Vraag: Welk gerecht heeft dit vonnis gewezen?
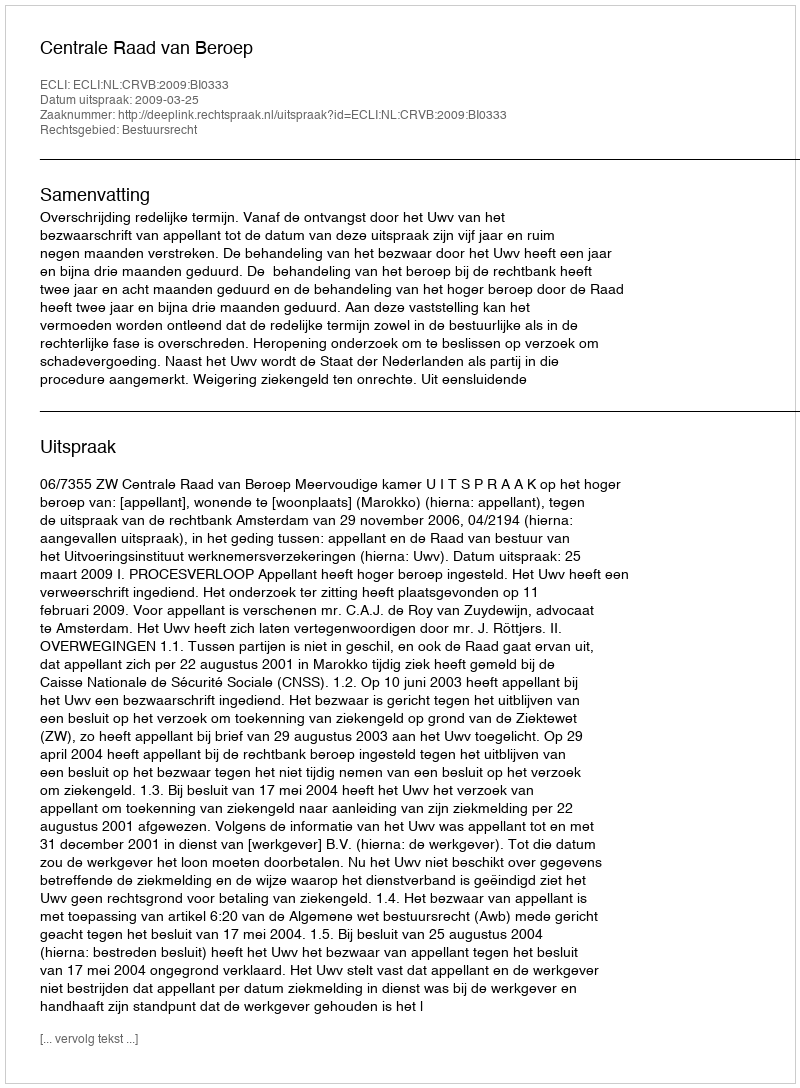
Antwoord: Centrale Raad van Beroep